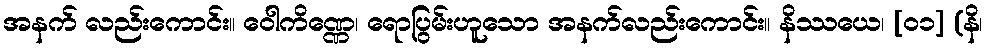
အနက် လည်းကောင်း။ ဝေါကိဏ္ဏေ၊ ရောပြွမ်းဟူသော အနက်လည်းကောင်း။ နိဿယေ၊ [၀၁] (နိ၊